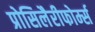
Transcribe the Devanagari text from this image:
प्रोसिलैरीफोर्म्स